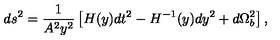
d s ^ { 2 } = \frac { 1 } { A ^ { 2 } y ^ { 2 } } \left[ H ( y ) d t ^ { 2 } - H ^ { - 1 } ( y ) d y ^ { 2 } + d \Omega _ { b } ^ { 2 } \right] ,